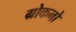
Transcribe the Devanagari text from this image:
ग्रोकनो